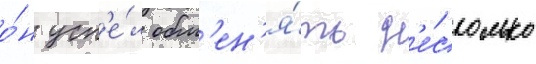
о́н усп'е́л обм'ен'я́ть н'е́сколько